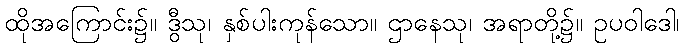
ထိုအကြောင်း၌။ ဒွီသု၊ နှစ်ပါးကုန်သော။ ဌာနေသု၊ အရာတို့၌။ ဥပဝါဒေါ၊